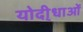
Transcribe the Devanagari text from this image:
योदी्धाओं